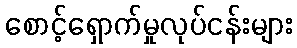
စောင့်ရှောက်မှုလုပ်ငန်းများ